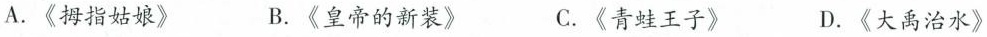
A.《拇指姑娘》 B.《皇帝的新装》 C.《青蛙王子》 D.《大禹治水》